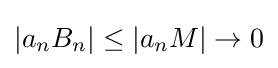
|a_{n}B_{n}|\leq |a_{n}M|\to 0